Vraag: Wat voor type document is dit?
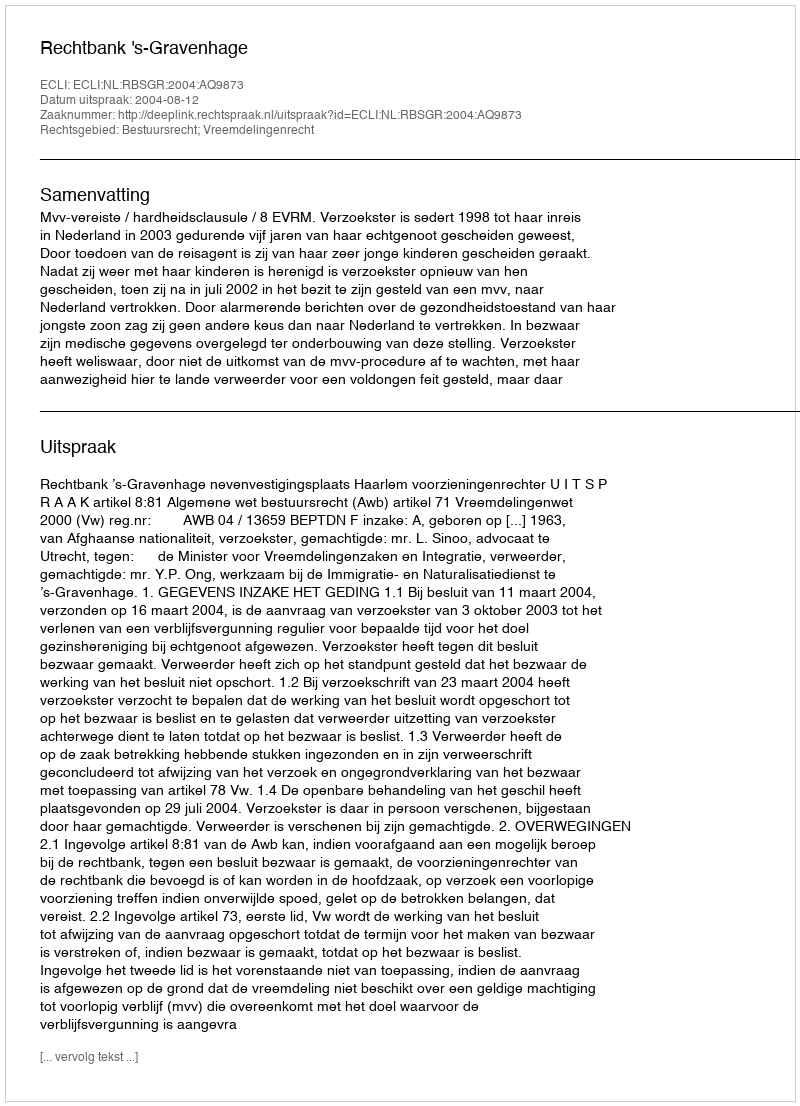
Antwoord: Uitspraak